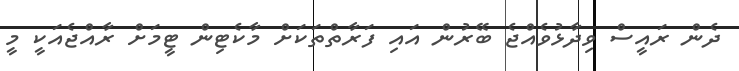
ދެން ރައީސް ވިދާޅުވެއްޖެ ބޭރުން އައި ފަރާތްތަކަށް މާކެޓިން ޓީމަށް ރާއްޖެއަކީ މީ